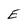
Character: E